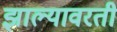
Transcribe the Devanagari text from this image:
झाल्यावरती